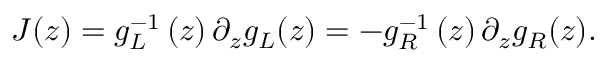
J ( z ) = g _ { L } ^ { - 1 } \left( z \right) \partial _ { z } g _ { L } ( z ) = - g _ { R } ^ { - 1 } \left( z \right) \partial _ { z } g _ { R } ( z ) .